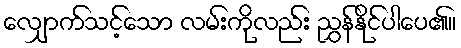
လျှောက်သင့်သော လမ်းကိုလည်း ညွှန်နိုင်ပါပေ၏။